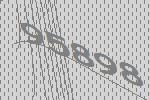
95898